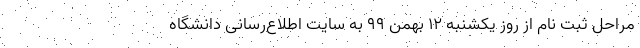
مراحل ثبت نام از روز یکشنبه ۱۲ بهمن ۹۹ به سایت اطلاع‌رسانی دانشگاه